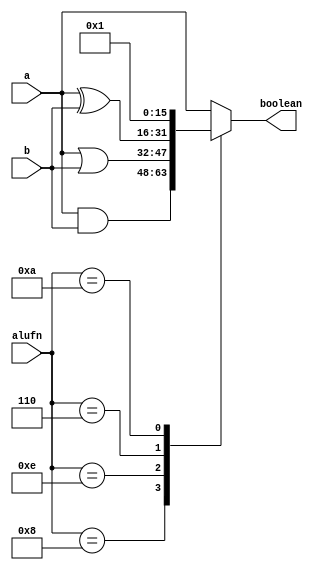
/*
   This file was generated automatically by the Mojo IDE version B1.3.6.
   Do not edit this file directly. Instead edit the original Lucid source.
   This is a temporary file and any changes made to it will be destroyed.
*/

module boolean_18 (
    input [15:0] a,
    input [15:0] b,
    input [3:0] alufn,
    output reg [15:0] boolean
  );
  
  
  
  always @* begin
    boolean = a;
    
    case (alufn)
      4'h8: begin
        boolean = a & b;
      end
      4'he: begin
        boolean = a | b;
      end
      4'h6: begin
        boolean = a ^ b;
      end
      4'ha: begin
        boolean = 1'h1;
      end
    endcase
  end
endmodule